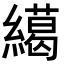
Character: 𦅶